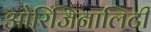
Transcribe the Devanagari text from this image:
ओरिजिनालिटी